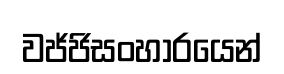
වජ්ජිසංහාරයෙන්